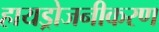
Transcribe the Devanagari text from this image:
हायड्रोजनीकरण